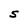
Character: S